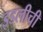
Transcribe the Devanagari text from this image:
इडलीची